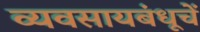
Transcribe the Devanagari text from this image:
व्यवसायबंधूचें